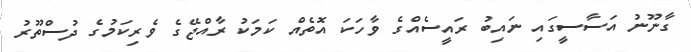
ގާނޫނު އަސާސީގައި ނައިބު ރައީސެއްގެ ވާހަކަ އޮތެއް ކަމަކު ރާއްޖޭގެ ވެރިކަމުގެ ދުސްތޫރު